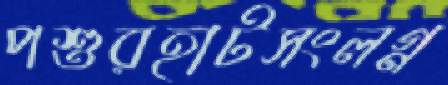
পশুরহাটসংলগ্ন